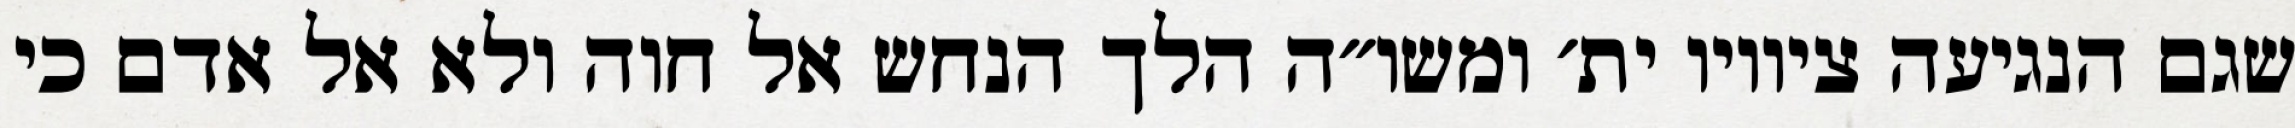
שגם הנגיעה ציוויו ית׳ ומשו״ה הלך הנחש אל חוה ולא אל אדם כי